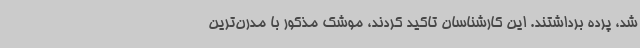
شد، پرده برداشتند. این کارشناسان تاکید کردند، موشک مذکور با مدرن‌ترین